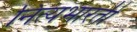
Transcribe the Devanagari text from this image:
नित्यभारती